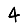
Digit: 4